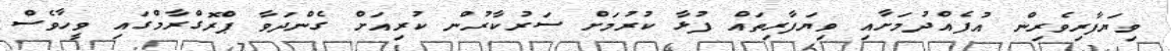
ވިިޔަފާރިވެރިން އުފެއްދުމަށާއި ވިިޔަފާރިތައް ފުޅާ ކުުރުމަށް ސަރުކާރުން ކުރިއަށް ގެންދަވާ ޕްރޮގްރާމްގައި ވީހާވެސް